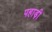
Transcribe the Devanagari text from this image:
पहाड़़ी